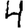
Digit: 4